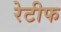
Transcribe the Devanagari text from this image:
रेटीफ